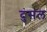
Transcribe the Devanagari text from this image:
दुंसल